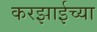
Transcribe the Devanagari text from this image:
करझाईच्या